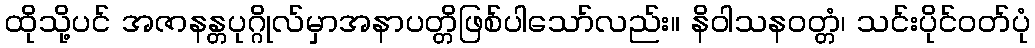
ထိုသို့ပင် အဇာနန္တပုဂ္ဂိုလ်မှာအနာပတ္တိဖြစ်ပါသော်လည်း။ နိဝါသနဝတ္တံ၊ သင်းပိုင်ဝတ်ပုံ